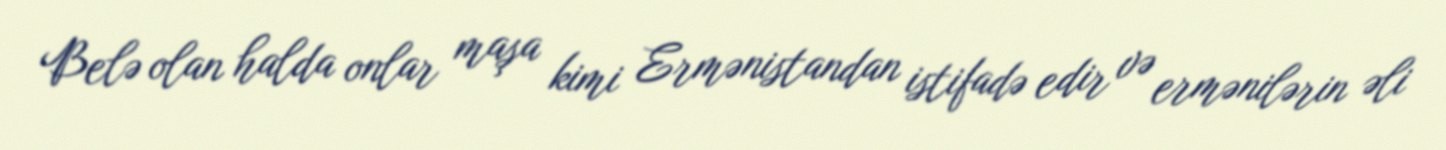
Belə olan halda onlar maşa kimi Ermənistandan istifadə edir və ermənilərin əli